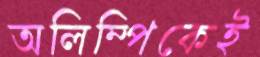
অলিম্পিকেই